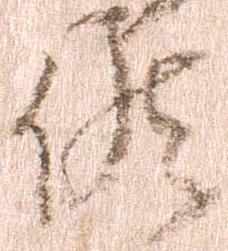
候